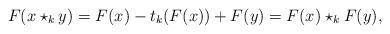
LaTeX: \begin{align*}F(x\star_k y) = F(x) - t_k(F(x)) + F(y) = F(x)\star_k F(y),\end{align*}